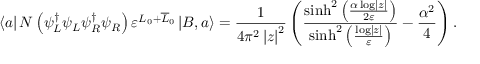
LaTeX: \left\langle a \right| N \left( \psi _ { L } ^ { \dagger } \psi _ { L } \psi _ { R } ^ { \dagger } \psi _ { R } \right) \varepsilon ^ { L _ { 0 } + \overline { { { L } } } _ { 0 } } \left| B , a \right\rangle = \frac { 1 } { 4 \pi ^ { 2 } \left| z \right| ^ { 2 } } \left( \frac { \sinh ^ { 2 } \left( \frac { \alpha \log \left| z \right| } { 2 \varepsilon } \right) } { \sinh ^ { 2 } \left( \frac { \log \left| z \right| } { \varepsilon } \right) } - \frac { \alpha ^ { 2 } } { 4 } \right) .